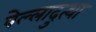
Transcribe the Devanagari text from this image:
पेल्लादुत्था